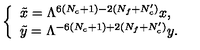
\left\{ \begin{array} { l } { \tilde { x } = \Lambda ^ { 6 ( N _ { c } + 1 ) - 2 ( N _ { f } + N _ { c } ^ { \prime } ) } x , } \\ { \tilde { y } = \Lambda ^ { - 6 ( N _ { c } + 1 ) + 2 ( N _ { f } + N _ { c } ^ { \prime } ) } y . } \\ \end{array} \right.